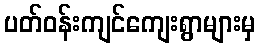
ပတ်ဝန်းကျင်ကျေးရွာများမှ